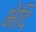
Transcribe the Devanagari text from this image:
भेदि